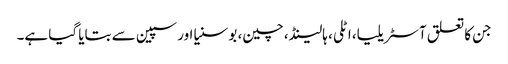
جن کا تعلق آسٹریلیا، اٹلی، ہالینڈ، چین، بوسنیا اور سپین سے بتایا گیا ہے۔